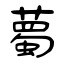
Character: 薥